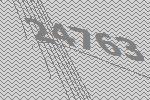
24763